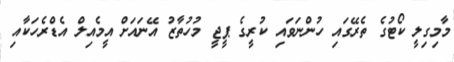
މާމިގިލީ ކޯޓުގެ ތެރޭގައި ހުންނަވައި ކުރީގެ ޕީޖީ މުހުތާޒު އޭނައަށް އީމެއިލް އެޑްރެހަކާއި